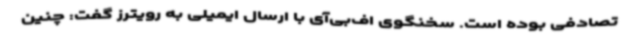
تصادفی بوده است. سخنگوی اف‌بی‌آی با ارسال ایمیلی به رویترز گفت: چنین